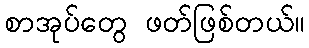
စာအုပ်တွေ ဖတ်ဖြစ်တယ်။